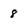
Character: 8